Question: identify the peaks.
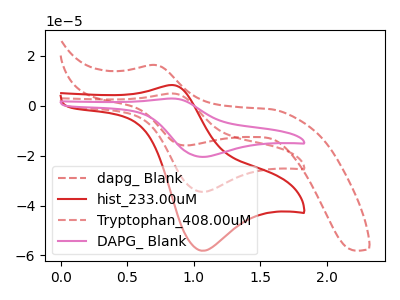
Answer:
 <answer>The red dashed curve "dapg_ Blank" has an anodic peak at (0.70V, 16.40uA) and a cathodic peak at (0.95V, -15.90uA). The red curve "hist_233.00uM" has an anodic peak at (0.85V, 8.35uA) and a cathodic peak at (1.05V, -58.15uA). The red dashed curve "Tryptophan_408.00uM" has an anodic peak at (0.85V, 4.95uA) and a cathodic peak at (1.05V, -34.50uA). The pink curve "DAPG_ Blank" has an anodic peak at (0.85V, 9.90uA) and a cathodic peak at (1.05V, -69.00uA).</answer>
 <eval></eval>